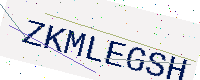
Text: ZKMLEGSH